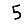
Digit: 5